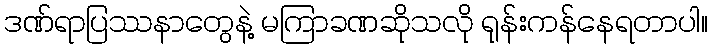
ဒဏ်ရာပြဿနာတွေနဲ့ မကြာခဏဆိုသလို ရုန်းကန်နေရတာပါ။